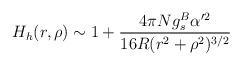
LaTeX: \begin{align*}H_h(r, \rho) \sim 1 + \frac{4\pi N g^B_s \alpha^{\prime 2}}{16 R(r^2+\rho^2)^{3/2}} \end{align*}